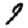
Digit: 9